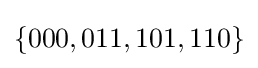
\{000,011,101,110\}